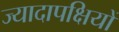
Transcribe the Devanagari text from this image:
ज्यादापक्षियों